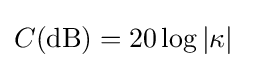
C(\mathrm {dB} )=20\log |\kappa |\